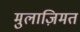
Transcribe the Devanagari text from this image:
मुलाज़िमत